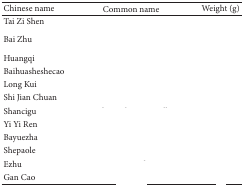
<table><thead><tr><td><b>Chinese name</b></td><td><b>Common name</b></td><td><b>Weight (g)</b></td></tr></thead><tbody><tr><td>Tai Zi Shen</td><td>[EMPTY_CELL]</td><td>[EMPTY_CELL]</td></tr><tr><td>Bai Zhu</td><td>[EMPTY_CELL]</td><td>[EMPTY_CELL]</td></tr><tr><td>Huangqi</td><td>[EMPTY_CELL]</td><td>[EMPTY_CELL]</td></tr><tr><td>Baihuasheshecao</td><td>[EMPTY_CELL]</td><td>[EMPTY_CELL]</td></tr><tr><td>Long Kui</td><td>[EMPTY_CELL]</td><td>[EMPTY_CELL]</td></tr><tr><td>Shi Jian Chuan</td><td>[EMPTY_CELL]</td><td>[EMPTY_CELL]</td></tr><tr><td>Shancigu</td><td>[EMPTY_CELL]</td><td>[EMPTY_CELL]</td></tr><tr><td>Yi Yi Ren</td><td>[EMPTY_CELL]</td><td>[EMPTY_CELL]</td></tr><tr><td>Bayuezha</td><td>[EMPTY_CELL]</td><td>[EMPTY_CELL]</td></tr><tr><td>Shepaole</td><td>[EMPTY_CELL]</td><td>[EMPTY_CELL]</td></tr><tr><td>Ezhu</td><td>[EMPTY_CELL]</td><td>[EMPTY_CELL]</td></tr><tr><td>Gan Cao</td><td>[EMPTY_CELL]</td><td>[EMPTY_CELL]</td></tr></tbody></table>